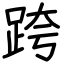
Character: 跨